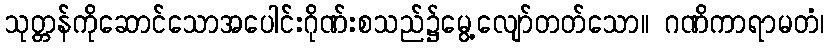
သုတ္တန်ကိုဆောင်သောအပေါင်းဂိုဏ်းစသည်၌မွေ့လျော်တတ်သော။ ဂဏိကာရာမတံ၊